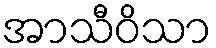
အာသီဝိသာ